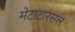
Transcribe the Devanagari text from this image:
मेटाटारसल